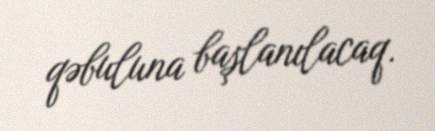
qəbuluna başlanılacaq.